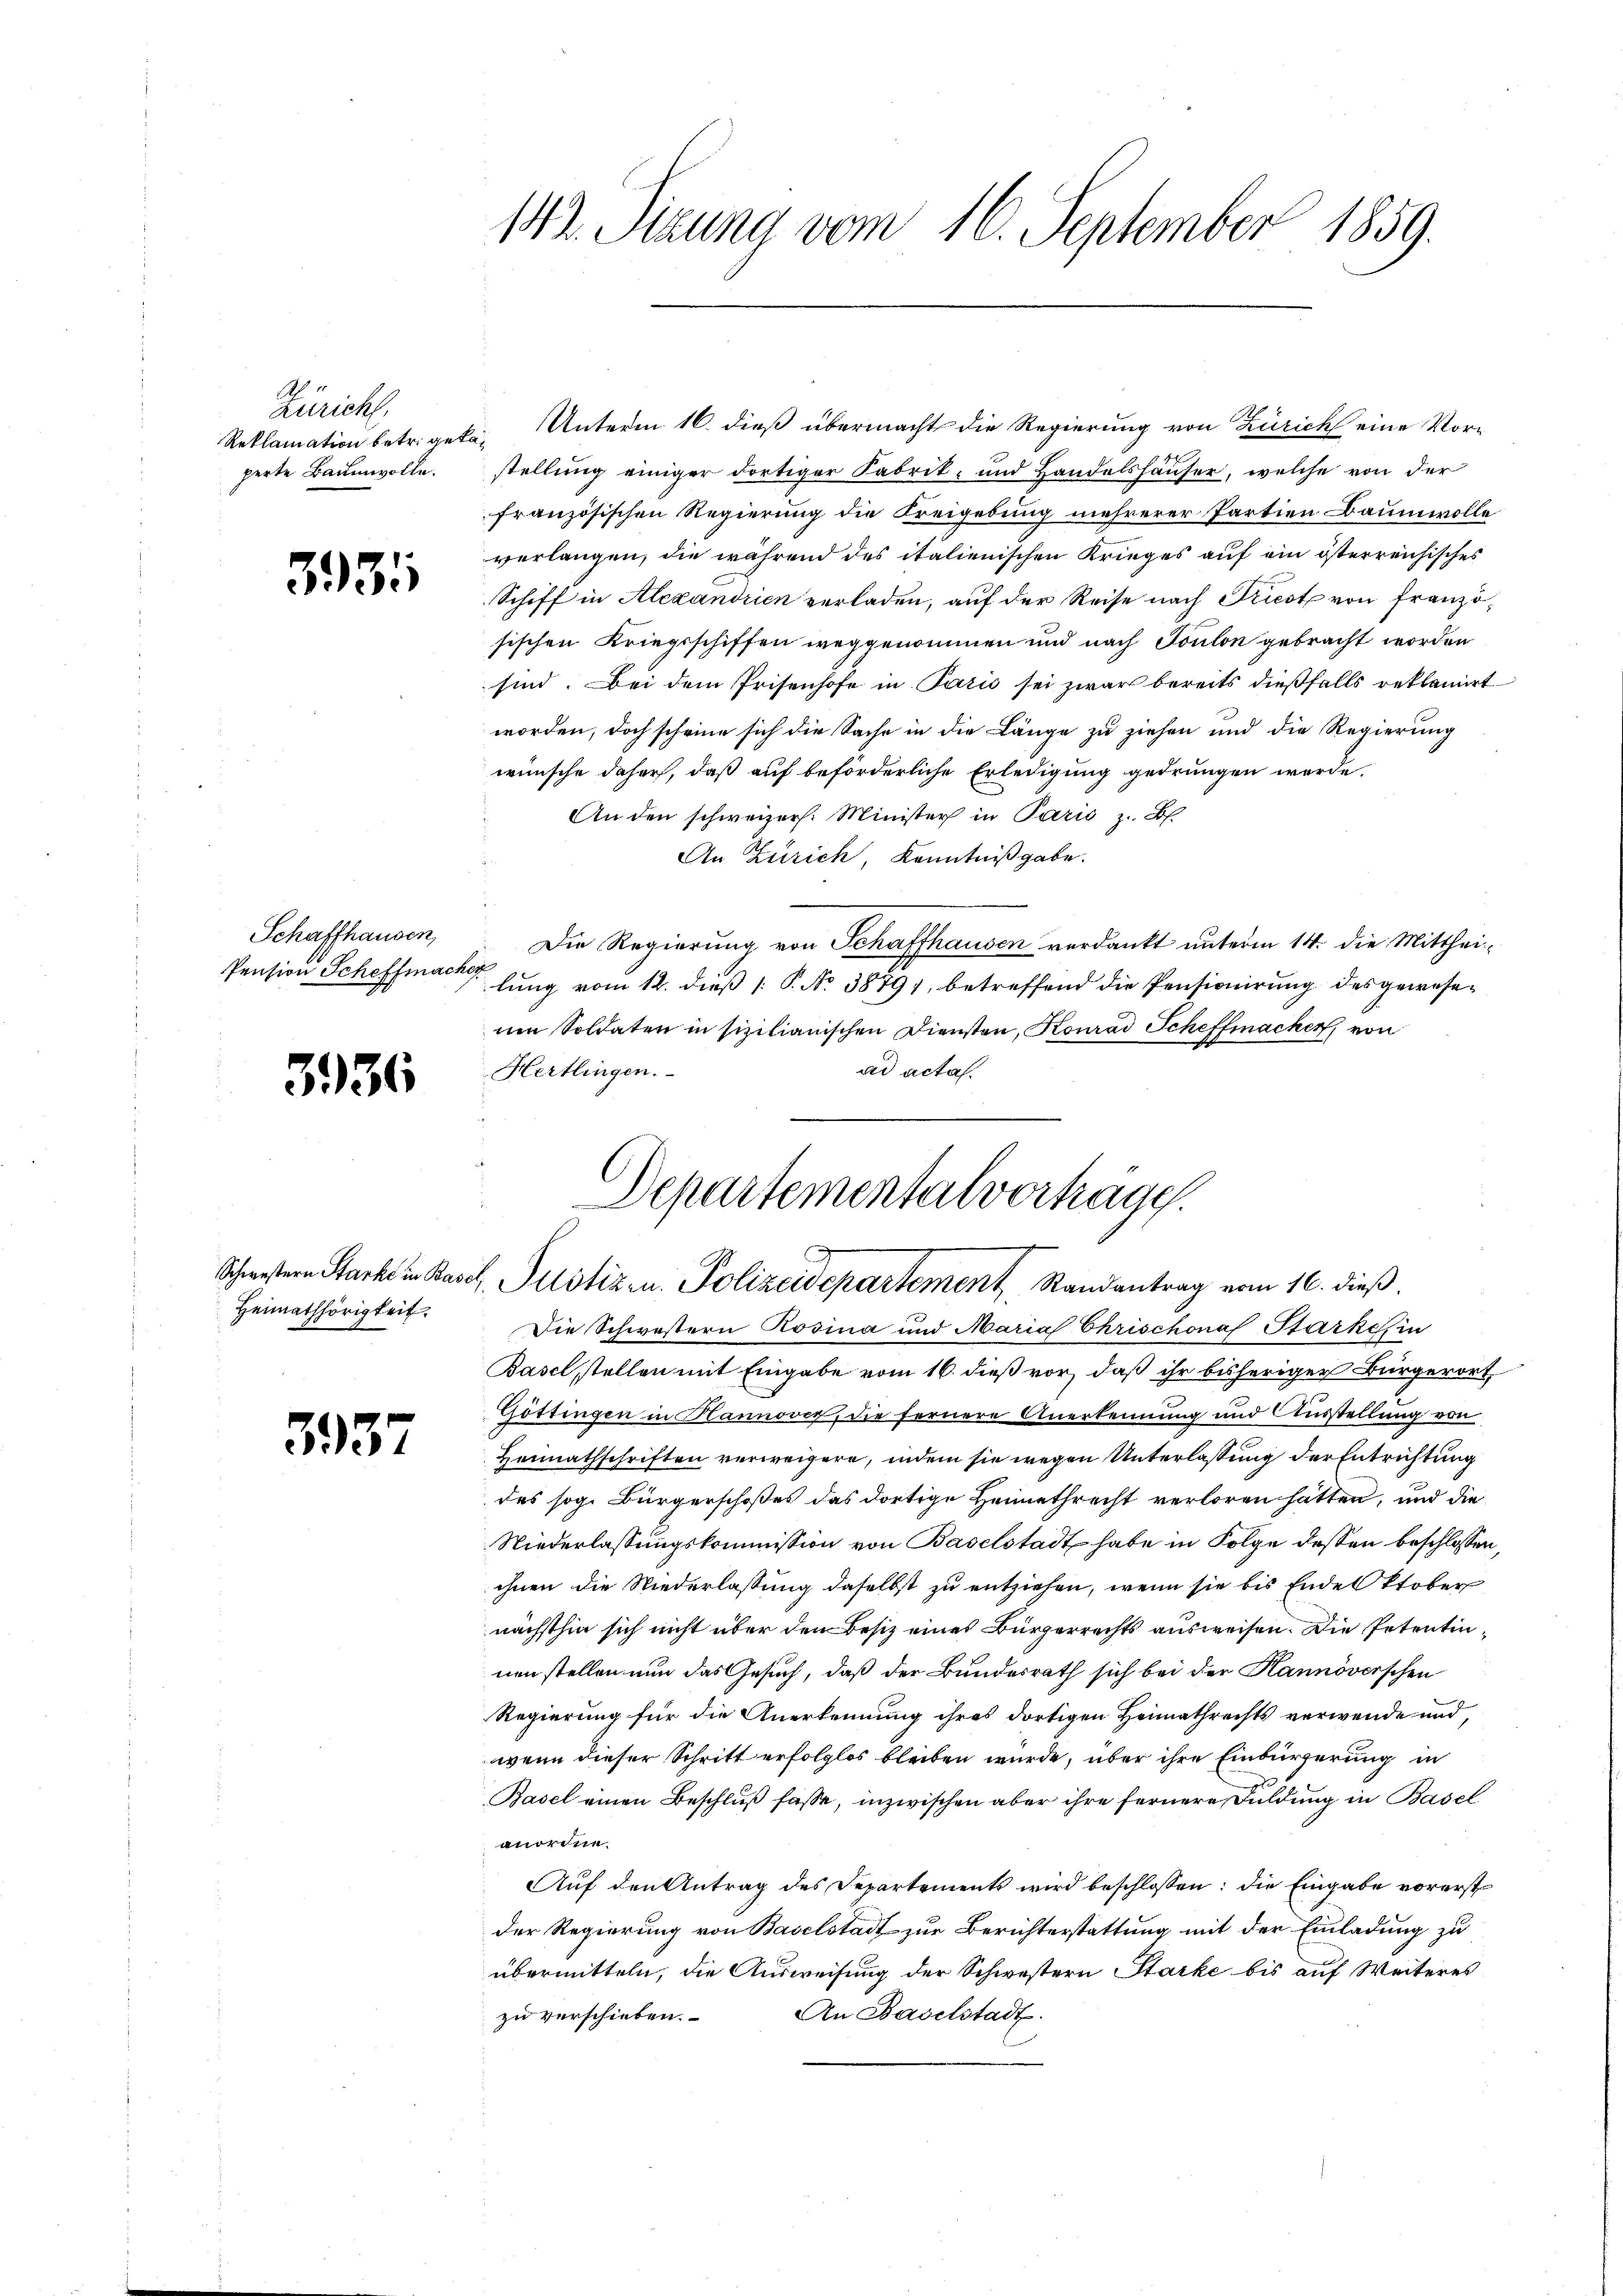
Züricht,
Reklamation betr. get
perte Baumwolle.

3935

Schaffhausen,
Pension Scheffmac

3936

Schwestern Starke in Base
Heimathörigkeit.

3937

142. Sizung vom 16. September 1859.

Unterm 16. dieß übermacht die Regierung von Zürich eine Vorstellung einiger dortiger Fabrik- und Handelshäuser, welche von der
französischen Regierung die Freigebung mehrerer Partien Baumwolle
verlangen, die während des italienischen Krieges auf ein österreichisches
Schiff in Alexandrien verladen, auf der Reise nach Triest von Französischen Kriegsschiffen weggenommen und nach Toulon gebracht worden
sind. Bei dem Prisenhofe in Paris sei zwar bereits dießfalls reklamirt
worden, doch scheine sich die Sache in die Länge zu ziehen und die Regierung
wünsche daher, daß auf beförderliche Erledigung gedrungen werde.
An den schweizers. Minister in Paris z. B.
An Zürich, Kenntnißgabe.
Die Regierung von Schaffhausen verdankt unterm 14. die Mitthei-
d
lung vom 12. dieß [ P. No 3879), betreffend die Pensionirung des geweseum Soldaten in sizilianischen Diensten, Konrad Scheffmacker, von
ad acta.
Hertlingen.
Die Schwestern Rosina und Maria Chrischonaf Starkes in
Basel stellen mit Eingabe vom 16. dieß vor, daß ihr bisheriger Bürgerort
Göttingen in Hannover, die fernere Anerkennung und Ausstellung von
Heimathschriften verweigere, indem sie wegen Unterlassung der Entrichtung
des sog. Bürgerschoßes das dortige Heimathrecht verloren hätten, und die
Niederlassungskommission von Baselstadt habe in Folge dessen beschlossen,
ihnen die Niederlassung daselbst zu entziehen, wenn sie bis Ende Stober
nächsthin sich nicht über den Besiz eines Bürgerrechts ausweisen. Die Petentin
nen stellen nun das Gesuch, daß der Bundesrath sich bei der Hannoverschen
Regierung für die Anerkennung ihres dortigen Heimathrechts verwende und,
wenn dieser Schritt erfolglos bleiben wurde, über ihre Einbürgerung in
Basel einen Beschluß fasse, inzwischen aber ihre fernere Duldung in Basel
anordne.
Auf den Antrag des Departements wird beschlossen: die Eingabe vorerst
der Regierung von Baselstadt zur Berichterstattung mit der Einladung zu
übermitteln, die Ausweisung der Schwestern Starke bis auf Weiteres
An Baselstadt.
zu verschieben.

Departementalverträge.
s
g
2. Justiz- u. Polizeisepartement Randantrag vom 16. dieß.